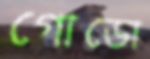
গোডো